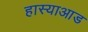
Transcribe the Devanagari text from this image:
हास्याआड